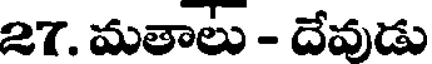
27. మతాలు - దేవుడు